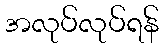
အလုပ်လုပ်ရန်